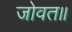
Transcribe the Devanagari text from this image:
जोवत॥